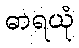
ဓာရယုံ